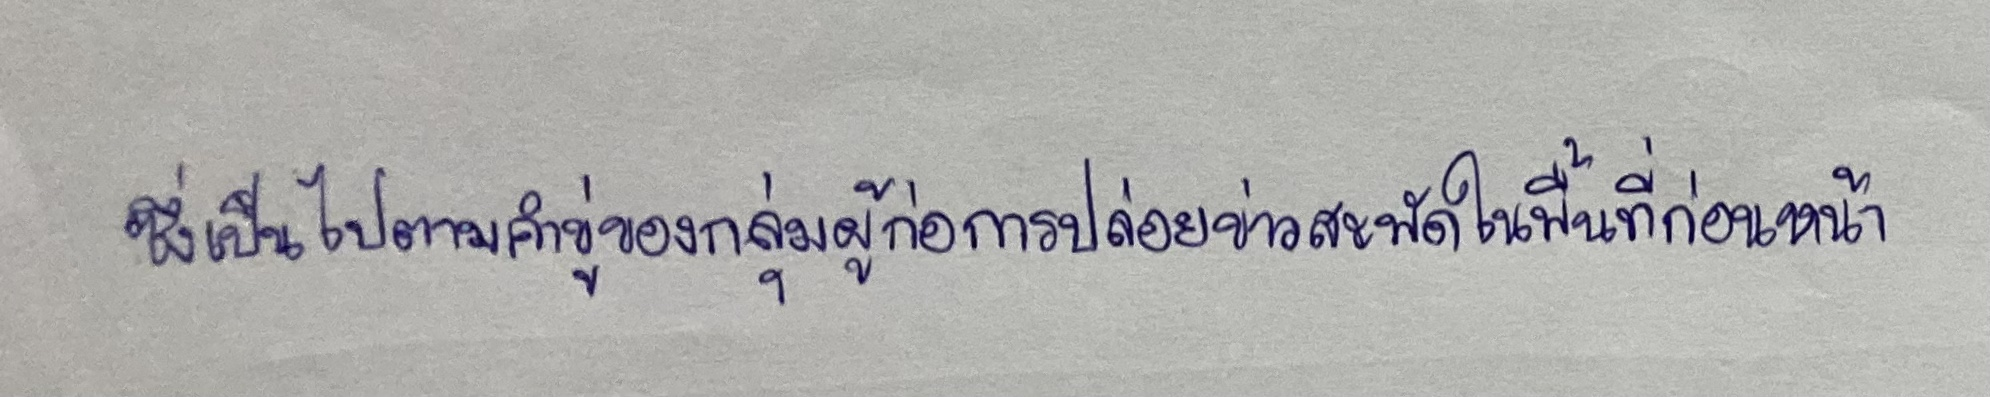
ซึ่งเป็นไปตามคำขู่ของกลุ่มผู้ก่อการปล่อยข่าวสะพัดในพื้นที่ก่อนหน้า